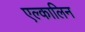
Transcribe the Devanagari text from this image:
एल्कालिन